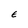
Character: E